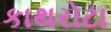
કાથરોટા